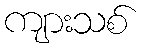
ကျားသစ်